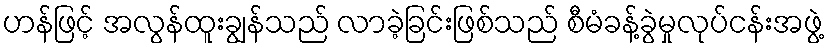
ဟန်ဖြင့် အလွန်ထူးချွန်သည် လာခဲ့ခြင်းဖြစ်သည် စီမံခန့်ခွဲမှုလုပ်ငန်းအဖွဲ့